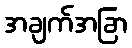
အချက်အခြာ